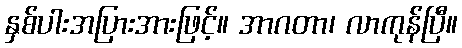
နှစ်ပါးအပြားအားဖြင့်။ အာဂတာ၊ လာကုန်ပြီ။